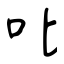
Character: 呲